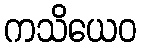
ကသိယေဝ